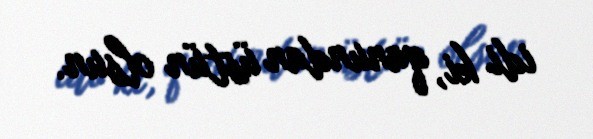
idi ki, qanundan üstün olsun.